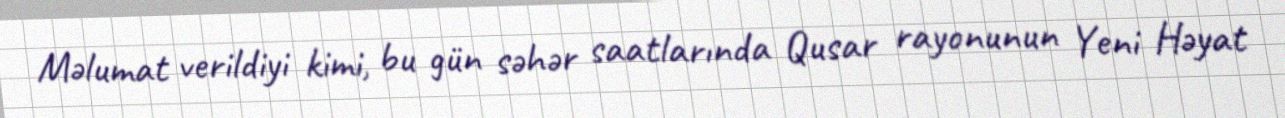
Məlumat verildiyi kimi, bu gün səhər saatlarında Qusar rayonunun Yeni Həyat